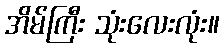
အိမ်ကြီး သုံးလေးလုံး။